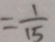
= \frac { 1 } { 1 5 }